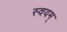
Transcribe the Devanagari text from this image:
स्वयम्‌